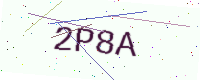
Text: 2P8A